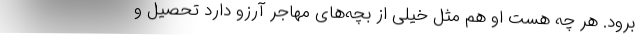
برود. هر چه هست او هم مثل خیلی از بچه‌های مهاجر آرزو دارد تحصیل و